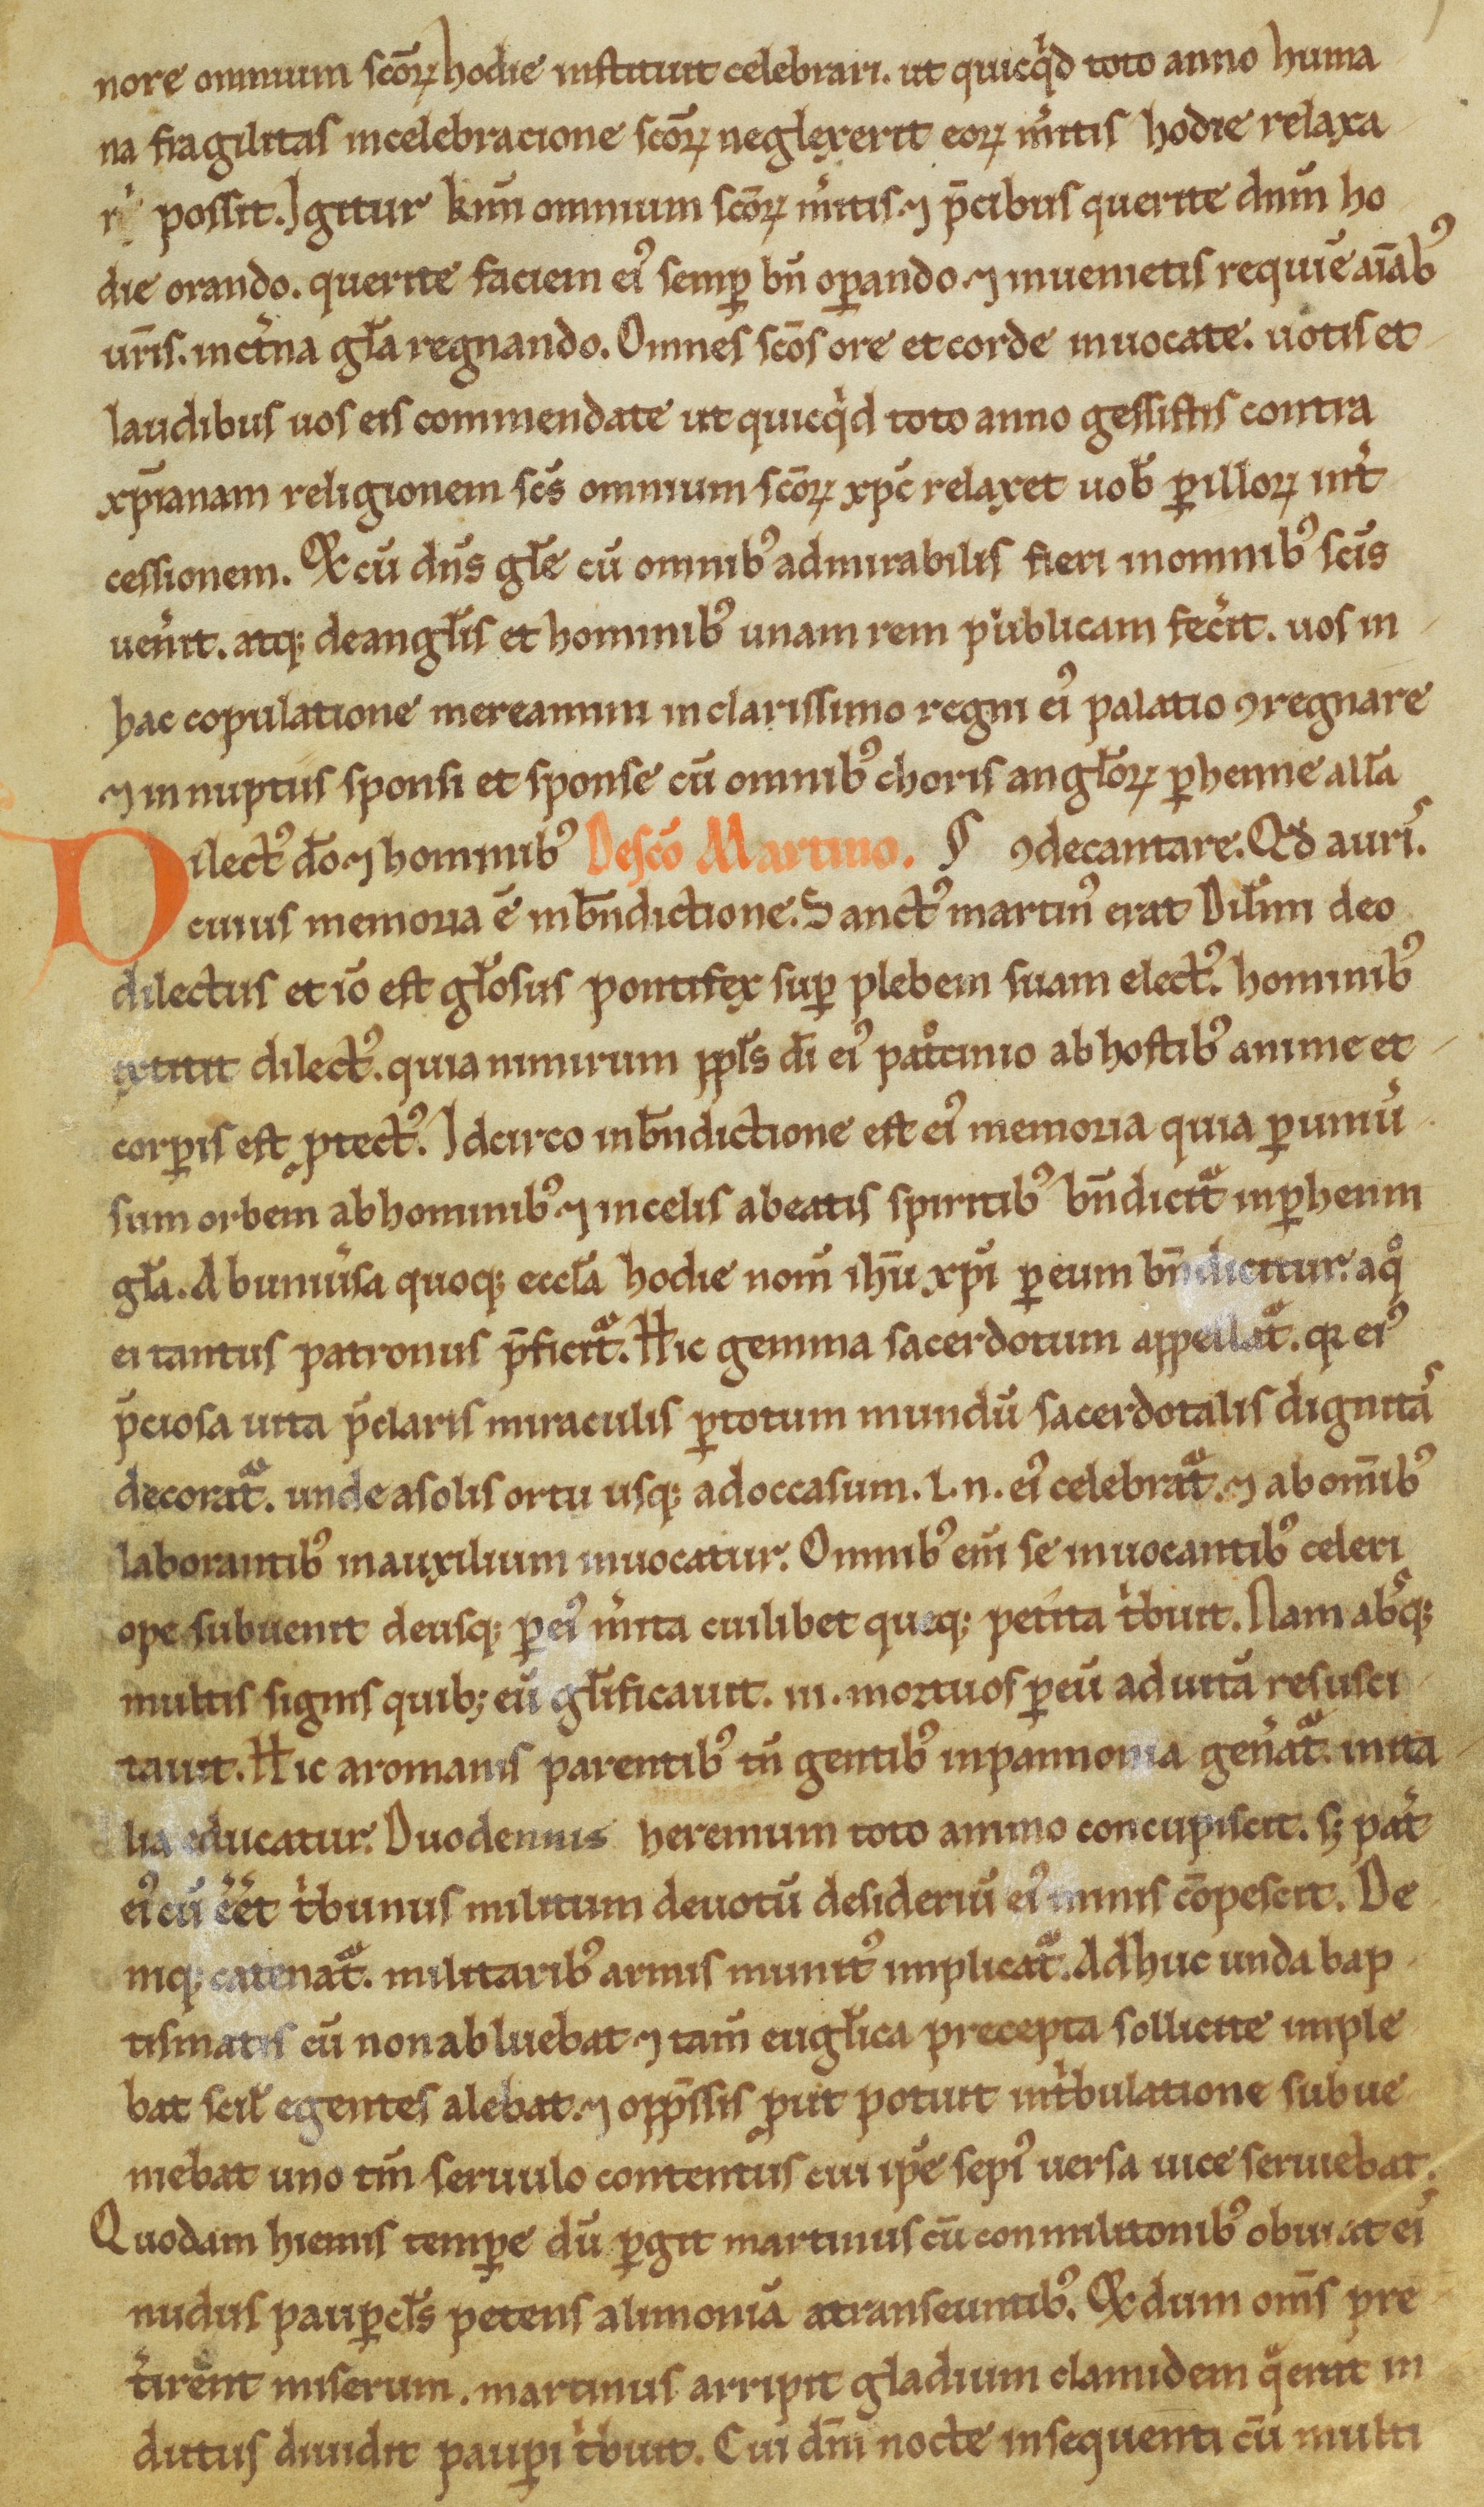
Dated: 1100–1299